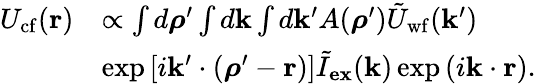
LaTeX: \begin{array}{rl}{U_{\mathrm{cf}}(\mathbf{r})}&{\propto\int d\boldsymbol{\rho}^{\prime}\int d\mathbf{k}\int d\mathbf{k}^{\prime}A(\boldsymbol{\rho}^{\prime})\tilde{U}_{\mathrm{wf}}(\mathbf{k}^{\prime})}\\ &{\exp\left[i\mathbf{k}^{\prime}\cdot(\boldsymbol{\rho}^{\prime}-\mathbf{r})\right]\tilde{I}_{\mathbf{ex}}(\mathbf{k})\exp\left(i\mathbf{k}\cdot\mathbf{r}\right).}\end{array}